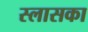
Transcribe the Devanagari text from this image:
स्लासका